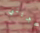
تخبريني